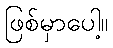
ဖြစ်မှာပေါ့။